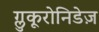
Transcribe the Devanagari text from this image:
ग्लुकूरोनिडेज़